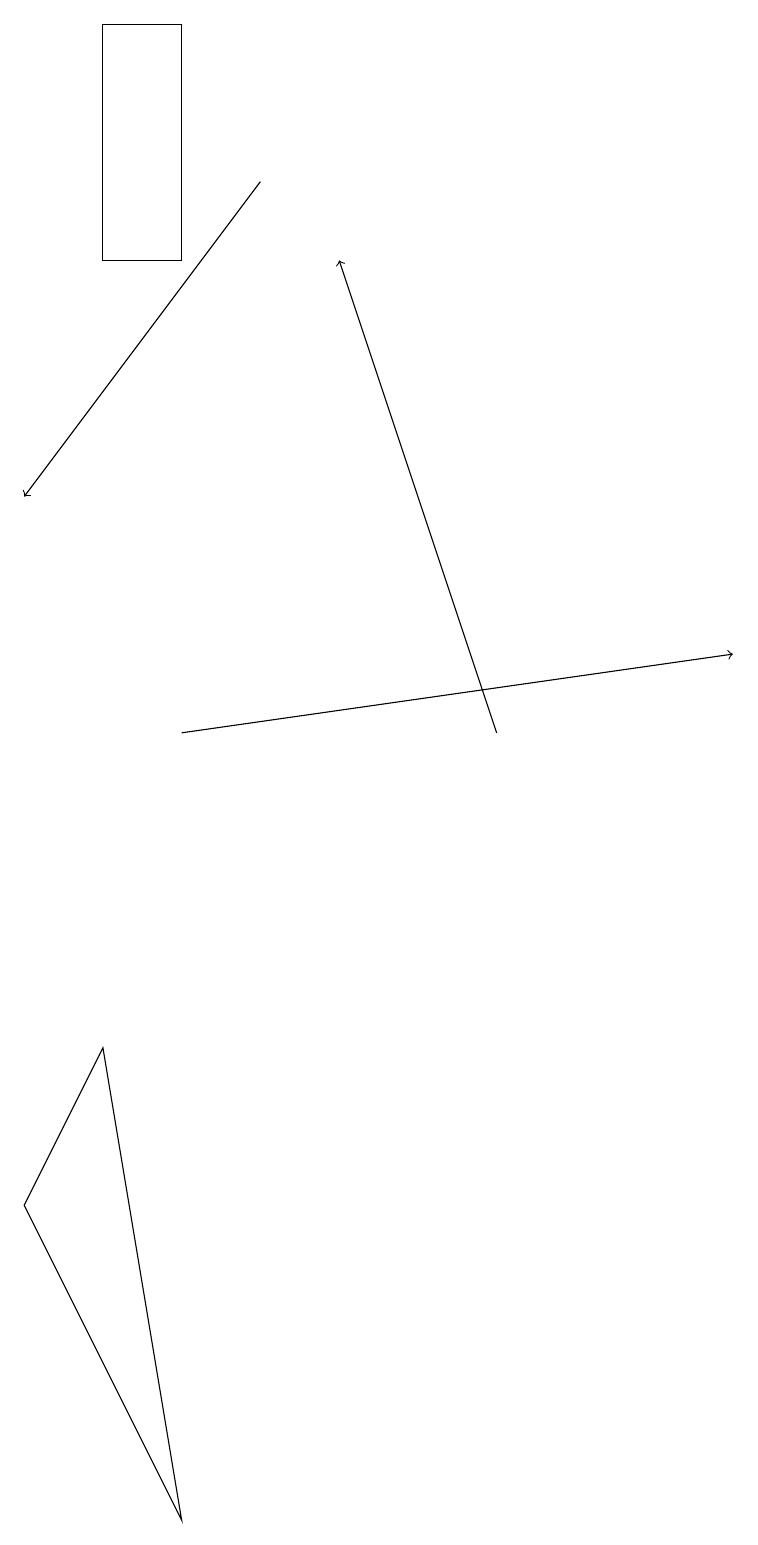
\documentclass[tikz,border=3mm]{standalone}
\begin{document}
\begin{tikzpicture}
\draw[->] (2,10) -- (9,11);
\draw[->] (6,10) -- (4,16);
\draw[->] (3,17) -- (0,13);
\draw (2,19) rectangle (1,16);
\draw (0,4) -- (2,0) -- (1,6) -- cycle;
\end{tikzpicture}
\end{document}